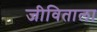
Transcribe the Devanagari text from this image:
जीविताला